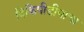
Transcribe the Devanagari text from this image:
विकिपीडीयाचा